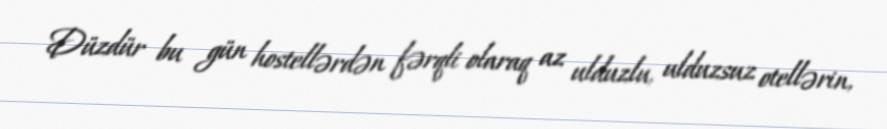
Düzdür bu gün hostellərdən fərqli olaraq az ulduzlu, ulduzsuz otellərin,